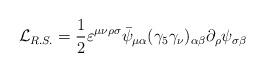
LaTeX: \begin{align*}{\cal L}_{R.S.} = \frac{1}{2} \varepsilon^{\mu\nu\rho\sigma}\bar{\psi}_{\mu\alpha} (\gamma_5\gamma_{\nu})_{\alpha\beta} \partial_{\rho}\psi_{\sigma\beta}\end{align*}